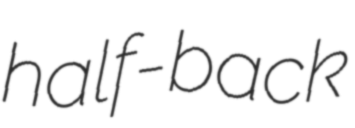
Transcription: half-back